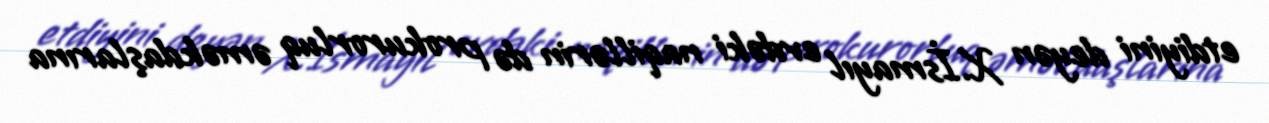
etdiyini deyən X.İsmayıl evdəki naqillərin də prokurorluq əməkdaşlarına